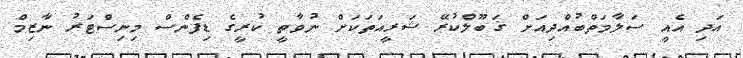
އަދި އެއީ ސަލާމަތްބުއްދިއަށް ޤަބޫލްކުރޭ ޝަރީއަތަކަށް ނުވާތީ ކުރީގެ ޑިފެންސް މިނިސްޓަރު ނާޒިމް